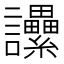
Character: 𧮢